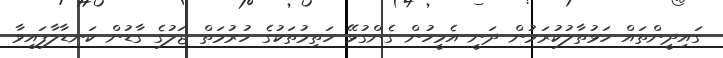
ގައިދީންތައް ހަޅުތާލުކުރަމުން ދަނީ އެމީހުން ގެންގުޅޭ ހަތިމުތަކުގެ ހުރުމަތް ޖަލުގެ ގާޑުން ކަނޑާލާފައިވާ